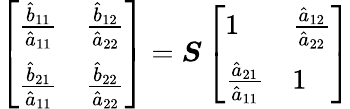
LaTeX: \left[\begin{array}{ll}{\frac{\hat{b}_{11}}{\hat{a}_{11}}}&{\frac{\hat{b}_{12}}{\hat{a}_{22}}}\\ {\frac{\hat{b}_{21}}{\hat{a}_{11}}}&{\frac{\hat{b}_{22}}{\hat{a}_{22}}}\end{array}\right]=\boldsymbol{S}\left[\begin{array}{ll}{1}&{\frac{\hat{a}_{12}}{\hat{a}_{22}}}\\ {\frac{\hat{a}_{21}}{\hat{a}_{11}}}&{1}\end{array}\right]